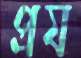
প্রয